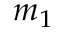
m _ { 1 }